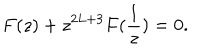
F ( z ) + z ^ { 2 L + 3 } F ( \frac { 1 } { z } ) = 0 .